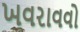
ખવરાવવો